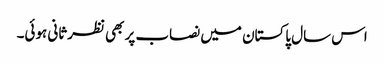
اس سال پاکستان میں نصاب پر بھی نظرثانی ہوئی۔